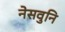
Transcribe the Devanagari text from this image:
नेसवुनि